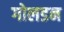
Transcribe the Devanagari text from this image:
गोलडन